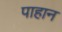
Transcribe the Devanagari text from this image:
पाहान